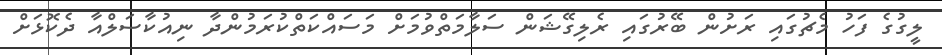
ލީގުގެ ފަހު މެޗުގައި ރަށުން ބޭރުގައި ރެލިގޭޝަން ސަލާމަތްވުމަށް މަސައްކަތްކުރަމުންދާ ނިއުކާސަލްއާ ދެކޮޅަށް